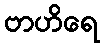
ဗာဟိရေ